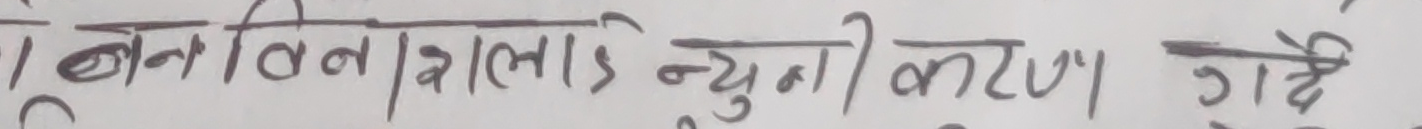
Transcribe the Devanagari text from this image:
बनविनिका लाई न्युनीकरण गर्छे